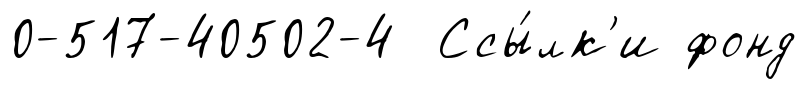
0-517-40502-4 Ссы́лк'и фонд